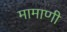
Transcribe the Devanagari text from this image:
मामाणी